Indian journal of veterinary science and animal husbandry - Volume 10,
Year: 1940
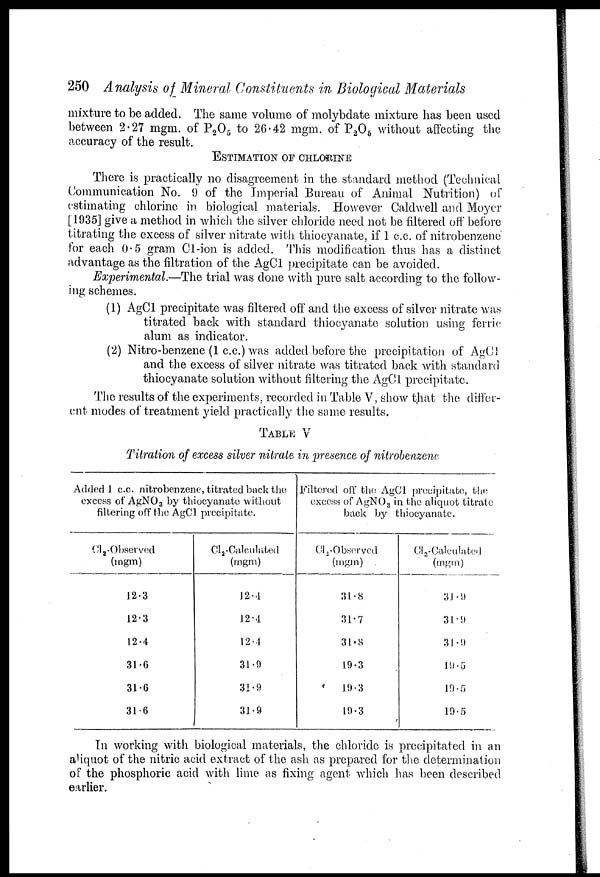
250 Analysis of_ Mineral Constituents in Biological Materials
mixture to be added. The same volume of molybdate mixture has been used
between 2.27 mgm. of P 2 O 5 to 26.42 mgm. of P 2 O 5 without affecting the
accuracy of the result.
ESTIMATION OF CHLORINE
There is practically no disagreement in the standard method (Technical
Communication No. 9 of the Imperial Bureau of Animal Nutrition) of
estimating chlorine in biological materials. However Caldwell and Moyer
[1935] give a method in which the silver chloride need not be filtered off before
titrating the excess of silver nitrate with thiocyanate, if 1 c.c. of nitrobenzene
for each 0.5 gram Cl-ion is added. This modification thus has a distinct
advantage as the filtration of the AgCl precipitate can be avoided.
Experimental.—The trial was done with pure salt according to the follow-
ing schemes.
(1) AgCl precipitate was filtered off and the excess of silver nitrate was
titrated back with standard thiocyanate solution using ferric
alum as indicator.
(2) Nitro-benzene (1 c.c.) was added before the precipitation of AgCl
and the excess of silver nitrate was titrated back with standard
thiocyanate solution without filtering the AgCl precipitate.
The results of the experiments, recorded in Table V, show that the differ-
ent modes of treatment yield practically the same results.
TABLE V
Titration of excess silver nitrate in presence of nitrobenzene
Added 1 c.c. nitrobenzene, titrated back the
excess of AgNO 3 by thiocyanate without
filtering off the AgCl precipitate.
Cl 2 -Observed
(mgm)
12.3
12.3
12.4
31.6
31.6
31.6
Cl 2 -Calculated
(mgm)
12.4
12.4
12.4
31.9
31.9
31.9
Filtered off the AgCl precipitate, the
excess of AgNO 3 in the aliquot titrate
back by thiocyanate.
Cl 2 -Observed
(mgm)
31.8
31.7
31.8
19.3
19.3
19.3
Cl 2 -Calculated
(mgm)
31.9
31.9
31.9
19.5
19.5
19.5
In working with biological materials, the chloride is precipitated in an
aliquot of the nitric acid extract of the ash as prepared for the determination
of the phosphoric acid with lime as fixing agent which has been described
earlier.